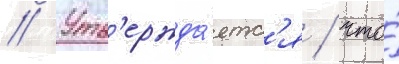
// Утв'ержда́етс'я / что́